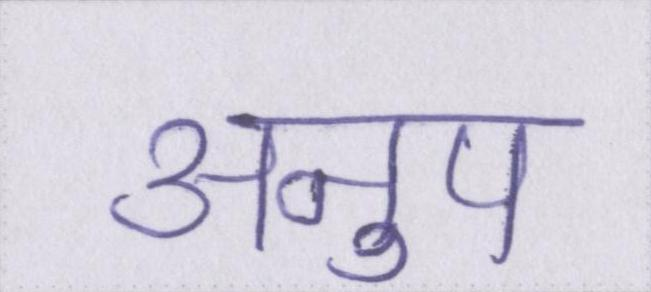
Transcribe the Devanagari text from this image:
अनुप